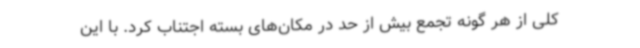
کلی از هر گونه تجمع بیش از حد در مکان‌های بسته اجتناب کرد. با این